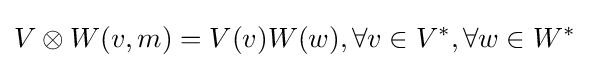
V\otimes W(v,m)=V(v)W(w),\forall v\in V^{*},\forall w\in W^{*}